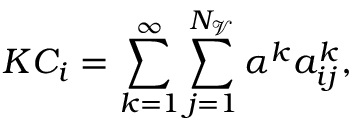
K C _ { i } = \sum _ { k = 1 } ^ { \infty } \sum _ { j = 1 } ^ { N _ { \mathscr { V } } } \alpha ^ { k } a _ { i j } ^ { k } ,